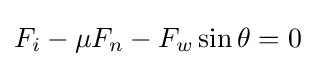
F_{i}-\mu F_{n}-F_{w}\sin \theta =0